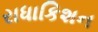
રાધાકિશન